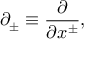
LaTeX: \partial _ { \pm } \equiv \frac { \partial } { \partial x ^ { \pm } } , \nonumber